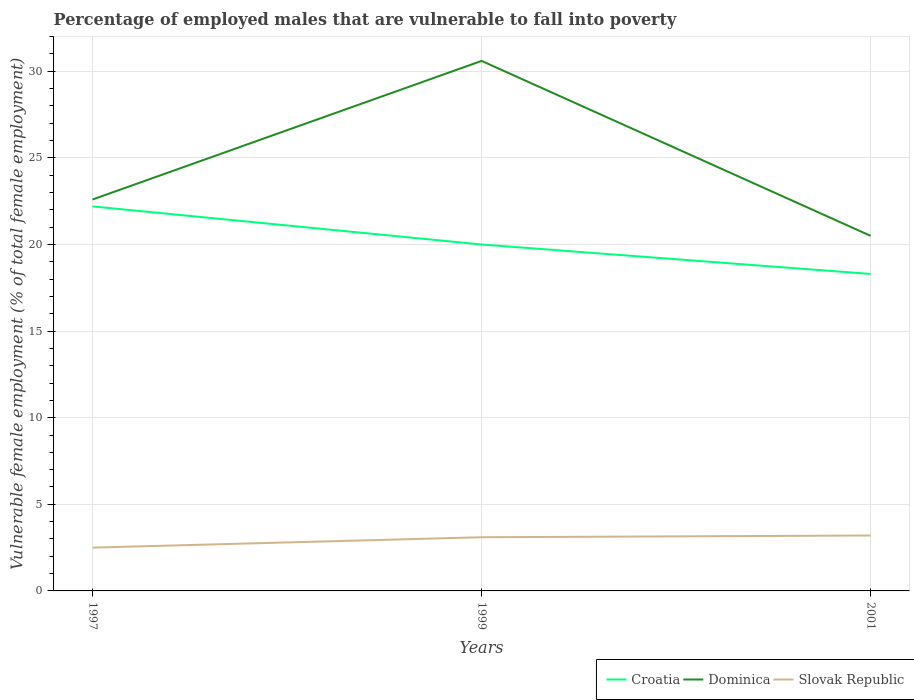
| Years | Croatia | Dominica | Slovak Republic |
 | --- | --- | --- | --- |
 | 1997 | 22.2 | 22.6 | 2.5 |
 | 1999 | 20 | 30.6 | 3.1 |
 | 2001 | 18.3 | 20.5 | 3.2 |